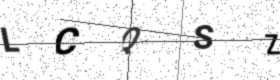
Text: LCQSZ